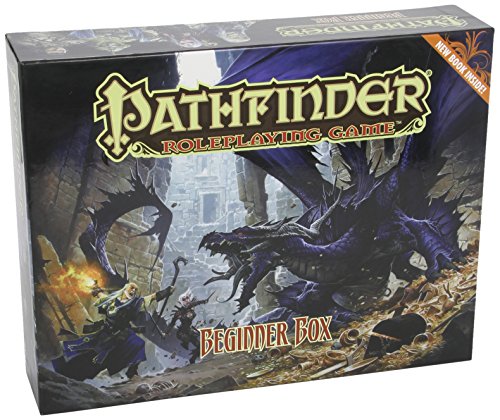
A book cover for Pathfinder Roleplaying Game: Beginner Box; Jason Bulmahn; Science Fiction & Fantasy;